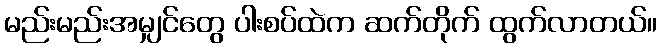
မည်းမည်းအမျှင်တွေ ပါးစပ်ထဲက ဆက်တိုက် ထွက်လာတယ်။